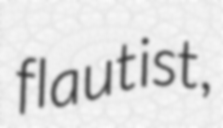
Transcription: flautist,